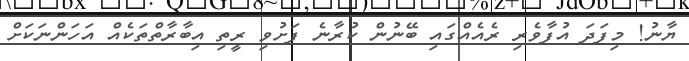
ޔާނު! މިފަދަ އުފާވެރި ރެއެއްގައި ބޭނުން ކުރާނެ ފަށުވި ރީތި އިބާރާތްތަކެއް އަހަންނަކަށް